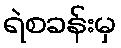
ရဲစခန်းမှ